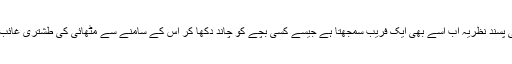
مستند ترقی پسند نظریہ اب اسے بھی ایک فریب سمجھتا ہے جیسے کسی بچے کو چاند دکھا کر اس کے سامنے سے مٹھائی کی طشتری غائب کر دینا‘‘۔